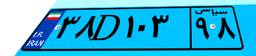
۳۸D۱۰۳۹۸